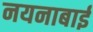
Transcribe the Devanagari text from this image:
नयनाबाई